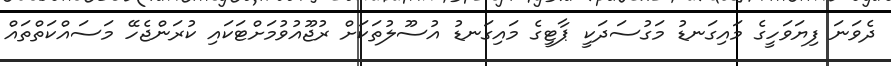
ދެވަނަ ފިޔަވަހީގެ މައިގަނޑު މަގުސަދަކީ ޕާޓީގެ މައިގަނޑު އުސޫލުތަކަށް ރުޖޫއުވުމަށްޓަކައި ކުރަންޖެހޭ މަސައްކަތްތައް